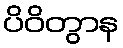
ပိဝိတွာန